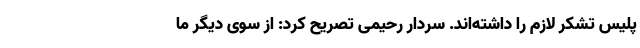
پلیس تشکر لازم را داشته‌اند. سردار رحیمی تصریح کرد: از سوی دیگر ما